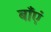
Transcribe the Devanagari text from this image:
बाँएं